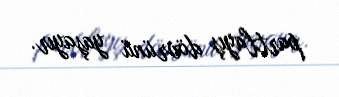
partlayış dövrünü yaşayır.